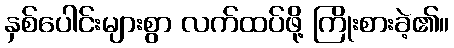
နှစ်ပေါင်းများစွာ လက်ထပ်ဖို့ ကြိုးစားခဲ့၏။